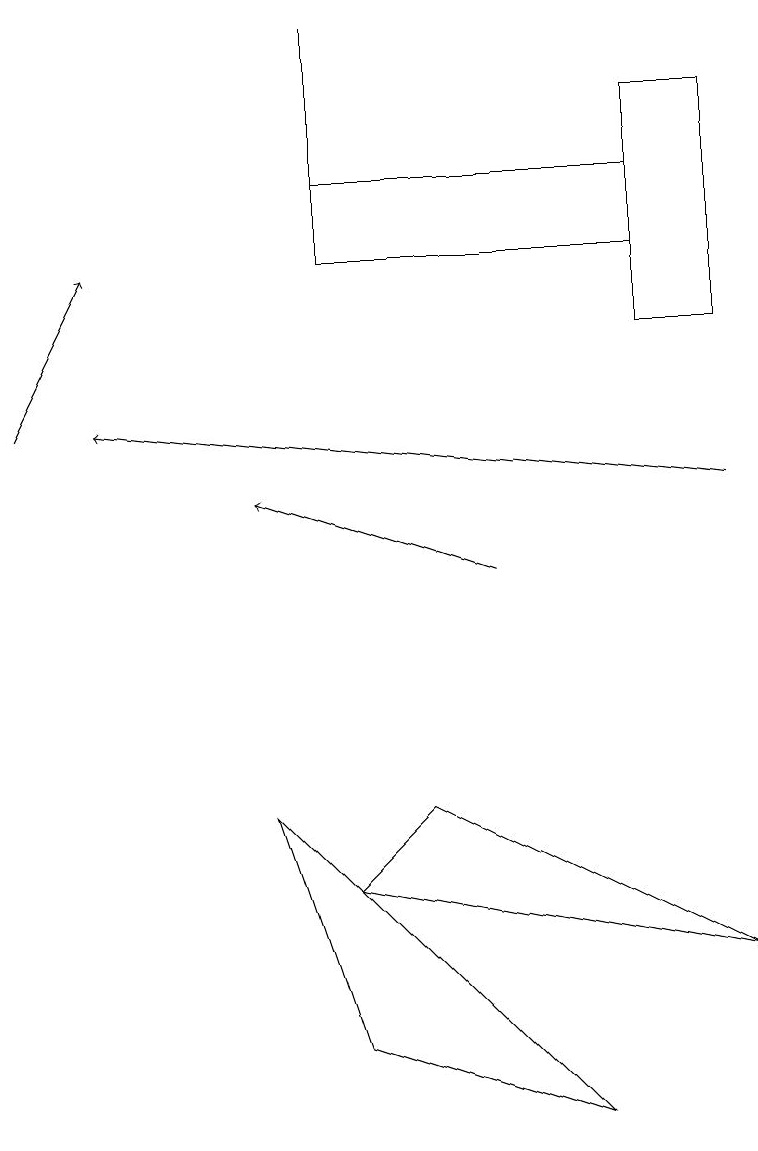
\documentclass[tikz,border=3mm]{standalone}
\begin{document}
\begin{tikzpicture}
\draw (4,14) rectangle (4,17);
\draw[->] (0,12) -- (1,14);
\draw (4,15) rectangle (8,14);
\draw (3,7) -- (7,3) -- (4,4) -- cycle;
\draw[->] (9,11) -- (1,12);
\draw (8,13) rectangle (9,16);
\draw[->] (6,10) -- (3,11);
\draw (5,7) -- (4,6) -- (9,5) -- cycle;
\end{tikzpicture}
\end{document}